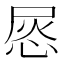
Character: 𢚪